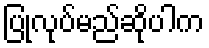
ပြုလုပ်မည်ဆိုပါက